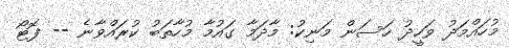
މުހައްމަދު ވަހީދު ހަސަން މަނިކު: މާދަމާ ގައުމާ މުހާތަބު ކުރައްވާނެ -- ފޮޓޯ